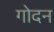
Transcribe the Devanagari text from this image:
गोदन